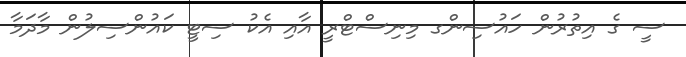
ސީ ގެ އިތުރުން ހައުސިންގ މިނިސްޓްރީ އާއި އެކު ސިޓީ ކައުންސިލުން މާދަމާ